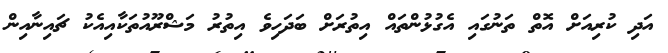
އަދި ކުރިއަށް އޮތް ތަނުގައި އެގުޅުންތައް އިތުރަށް ބަދަހިވެ އިތުރު މަޝްރޫއުތަކާއިއެކު ޗައިނާއިން